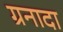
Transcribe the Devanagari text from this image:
ग्रनादा